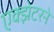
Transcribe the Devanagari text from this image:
एक्झेटरने